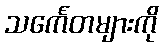
သင်္ကေတများကို